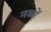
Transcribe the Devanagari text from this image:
नळों